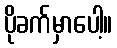
ပိုခက်မှာပေါ့။